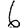
Digit: 6